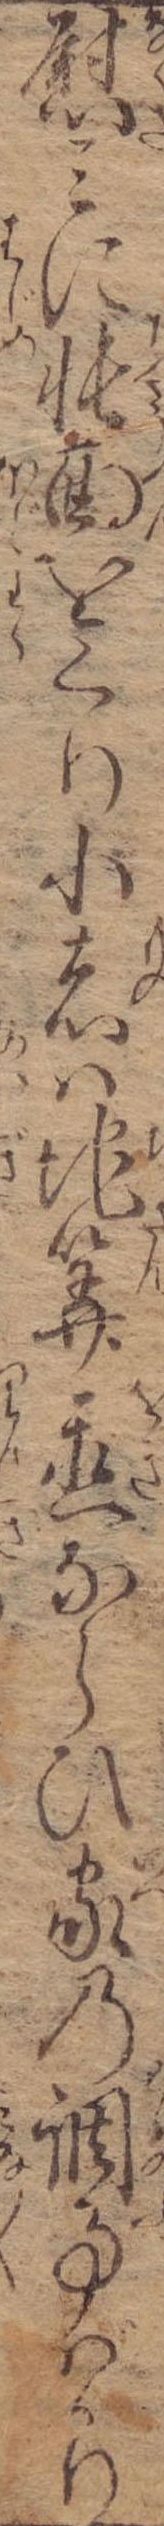
慰みに帳面をくり小者は地算置ならひ家の調事ばかり